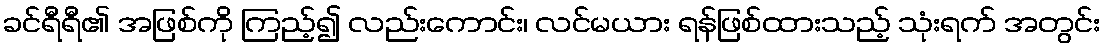
ခင်ရီရီ၏ အဖြစ်ကို ကြည့်၍ လည်းကောင်း၊ လင်မယား ရန်ဖြစ်ထားသည့် သုံးရက် အတွင်း